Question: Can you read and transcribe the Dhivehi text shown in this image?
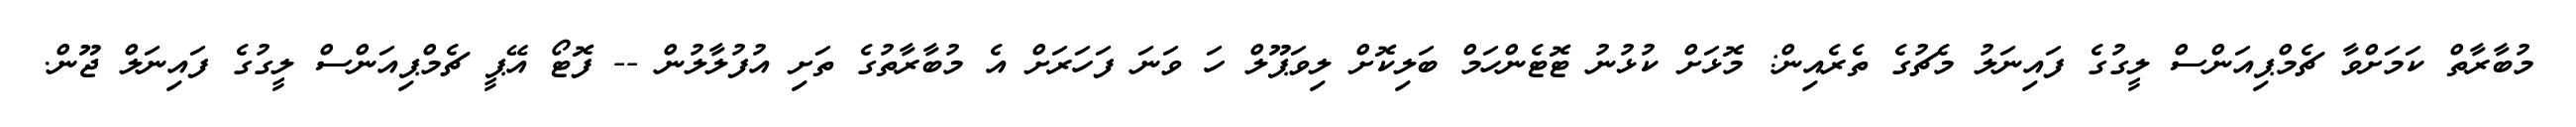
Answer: މުބާރާތް ކަމަށްވާ ޗެމްޕިއަންސް ލީގުގެ ފައިނަލު މެޗުގެ ތެރެއިން: މޮޅަށް ކުޅުނު ޓޮޓެންހަމް ބަލިކޮށް ލިވަޕޫލް ހަ ވަނަ ފަހަރަށް އެ މުބާރާތުގެ ތަށި އުފުލާލުން -- ފޮޓޯ އޭޕީ ޗެމްޕިއަންސް ލީގުގެ ފައިނަލް ޖޫން.